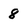
Character: 8